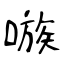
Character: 嗾